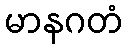
မာနဂတံ